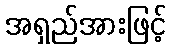
အရှည်အားဖြင့်